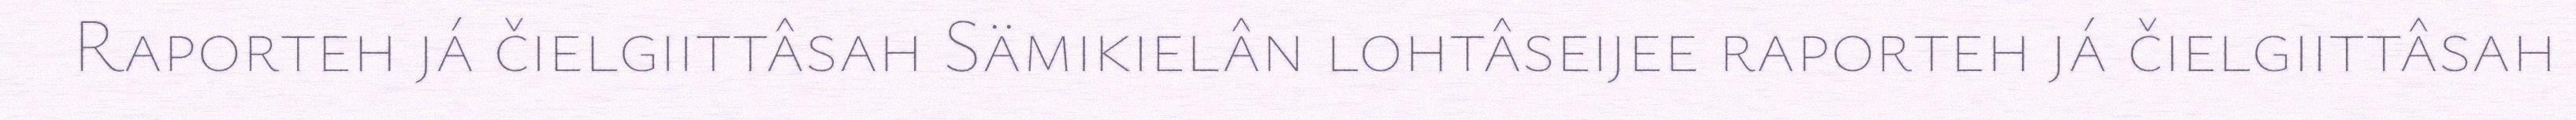
Raporteh já čielgiittâsah Sämikielân lohtâseijee raporteh já čielgiittâsah